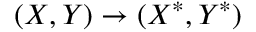
( X , Y ) \rightarrow ( X ^ { * } , Y ^ { * } )